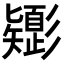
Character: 𢒸